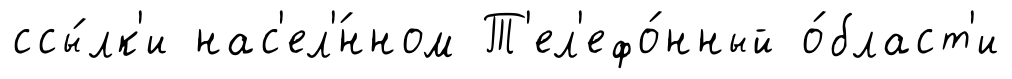
ссы́лк'и нас'ел'́нном Т'ел'ефо́нный о́бласт'и